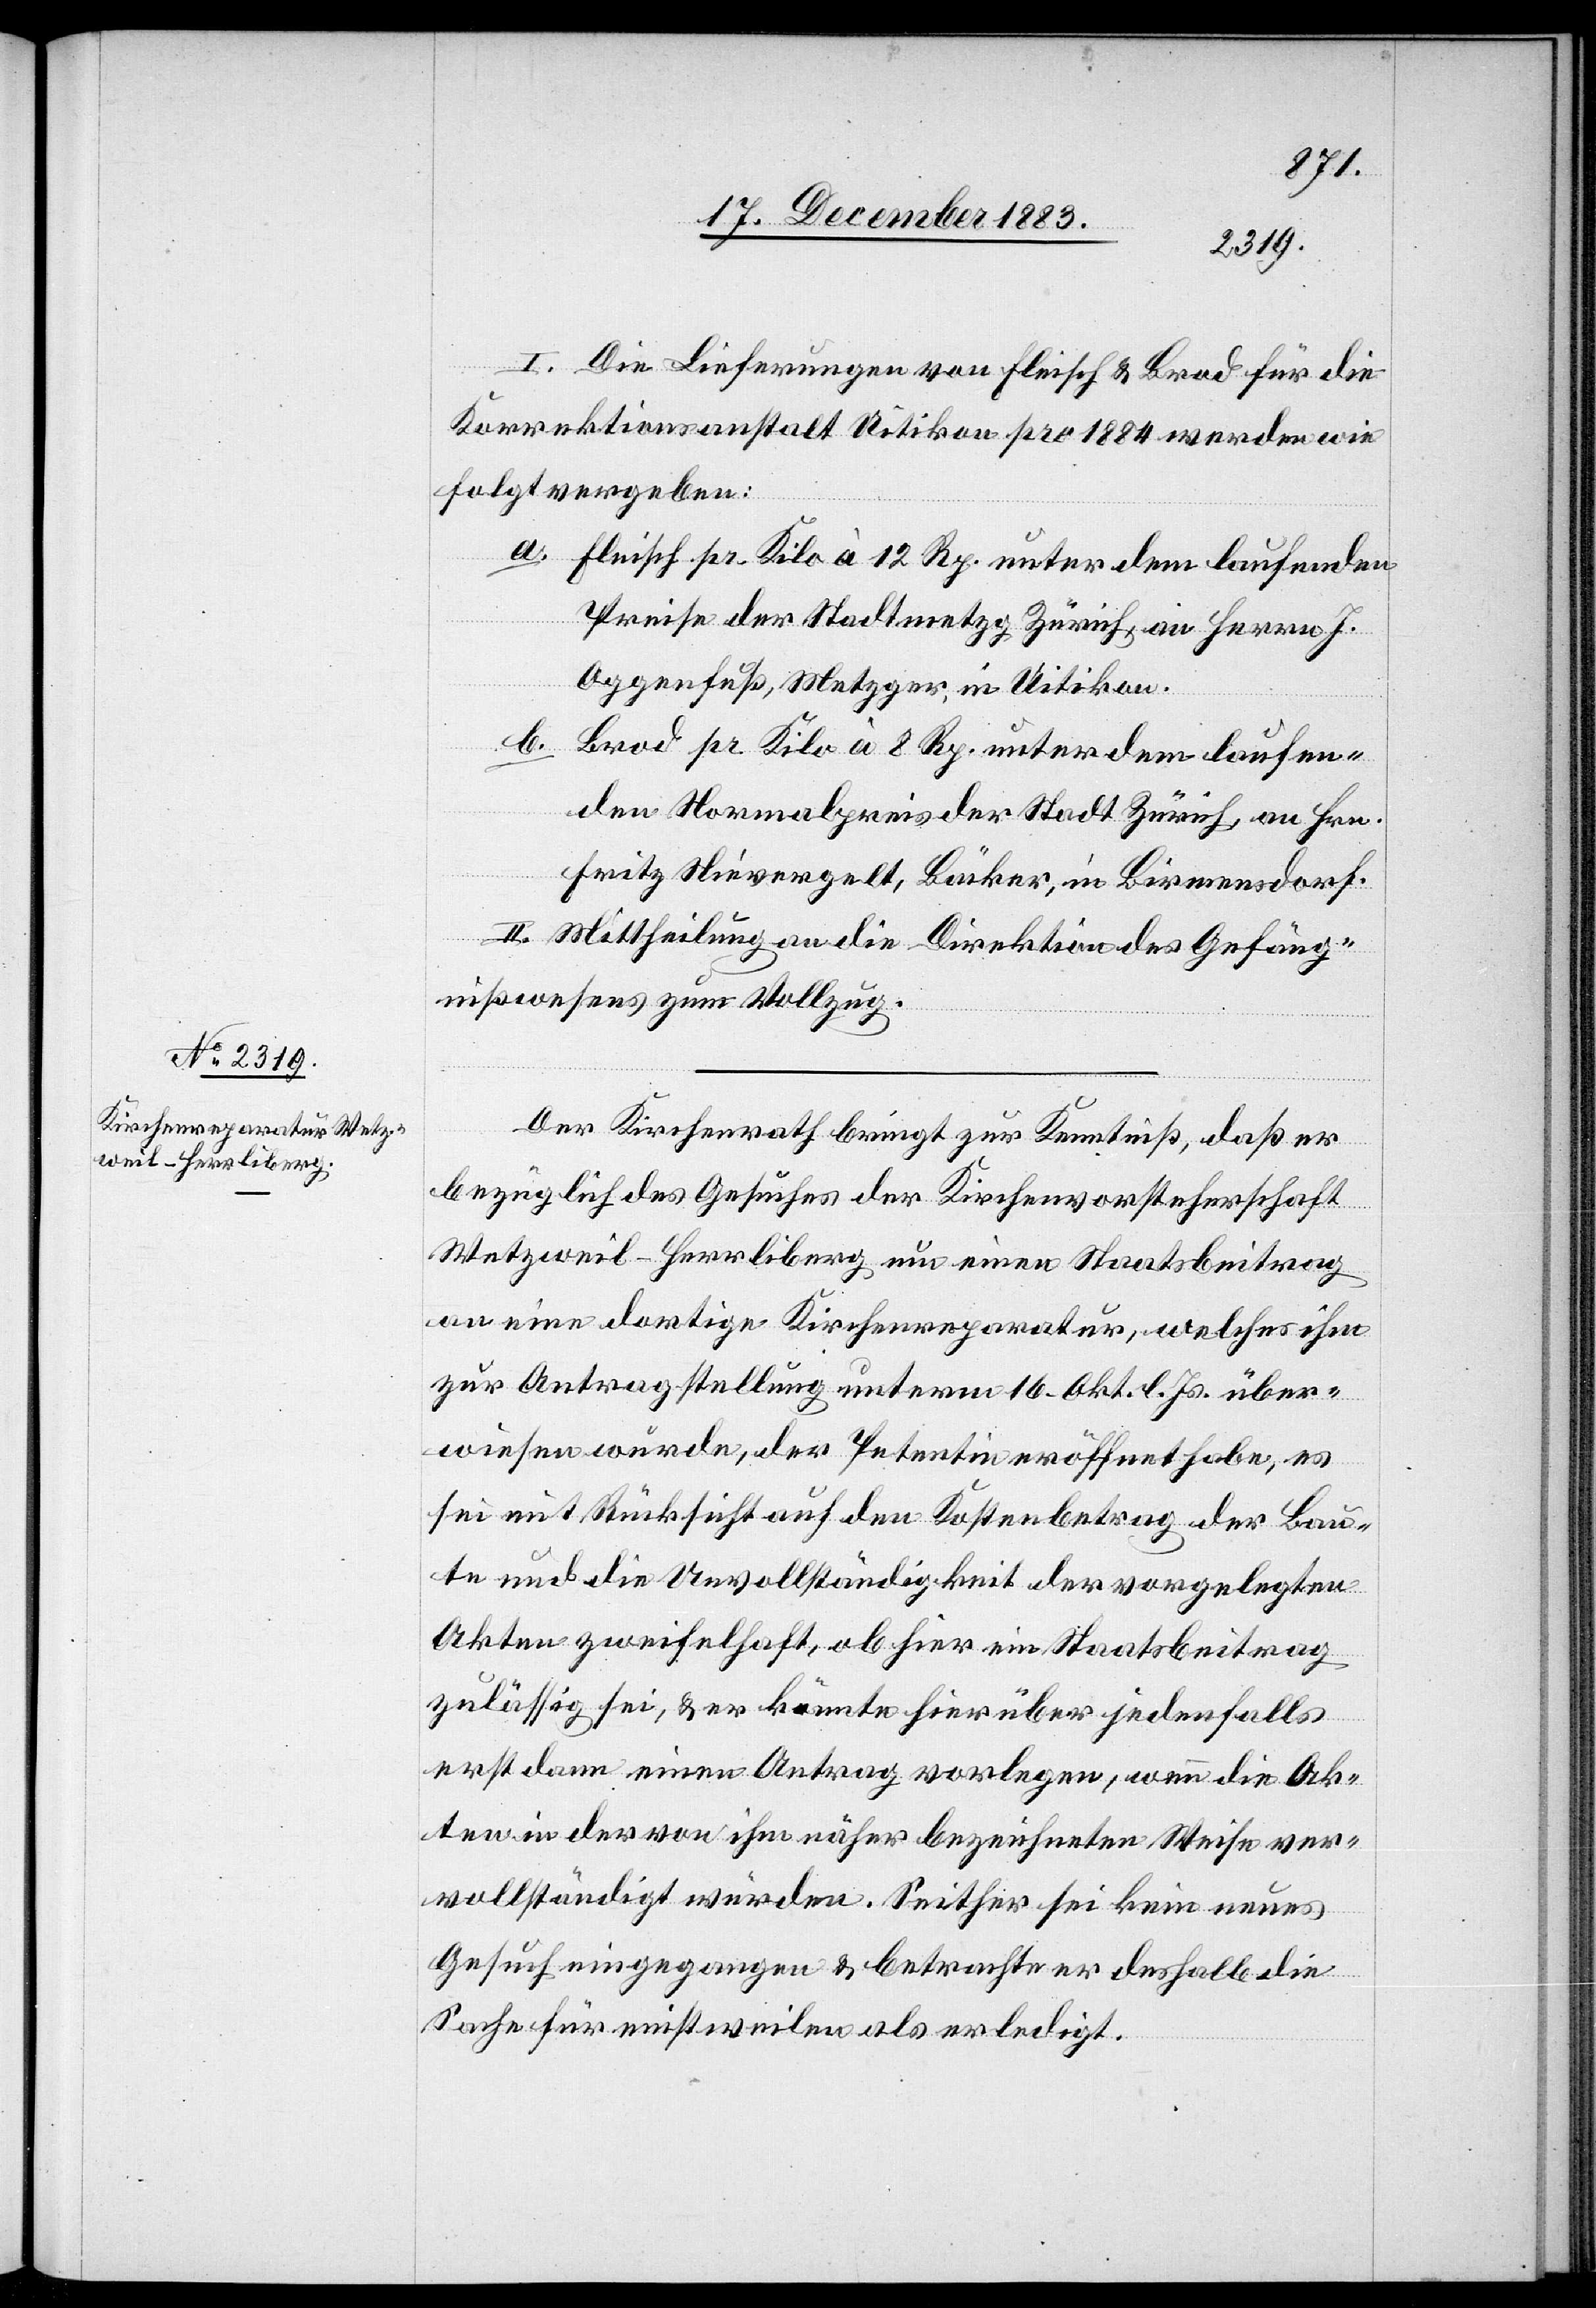
I. Die Lieferungen von Fleisch & Brod für die
Korrektionsanstalt Uitikon pro 1884 werden wie
folgt vergeben:
a. Fleisch pr. Kilo à 12 Rp. unter dem laufenden
Preise der Stadtmetzg Zürich, an Herrn J.
Oggenfuß, Metzger in Uitikon.
b. Brod pr. Kilo à 8 Rp. unter dem laufen¬
den Normalpreis der Stadt Zürich, an Hrn.
Fritz Nievergelt, Bäcker, in Birmensdorf.
II. Mittheilung an die Direktion des Gefäng¬
nißwesens zum Vollzug.
Der Kirchenrath bringt zur Kenntniß, daß er
bezüglich des Gesuches der Kirchenvorsteherschaft
Wetzweil-Herrliberg um einen Staatsbeitrag
an eine dortige Kirchenreparatur, welches ihm
zur Antragstellung unterm 16. Okt. l. Js. über¬
wiesen wurde, der Petentin eröffnet habe, es
sei mit Rücksicht auf den Kostenbetrag der Bau¬
te und die Unvollständigkeit der vorgelegten
Akten zweifelhaft, ob hier ein Staatsbeitrag
zulässig sei, & er könnte hierüber jedenfalls
erst dann einen Antrag vorlegen, wenn die Ak¬
ten in der von ihm näher bezeichneten Weise ver¬
vollständigt würden. Seither sei kein neues
Gesuch eingegangen & betrachte er deshalb die
Sache für einstweilen als erledigt.